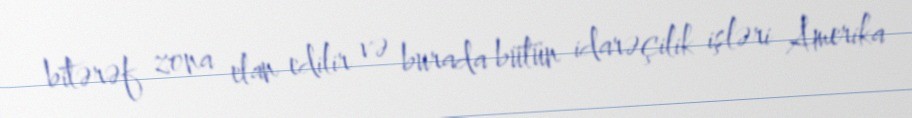
bitərəf zona elan edilir və burada bütün idarəçilik işləri Amerika